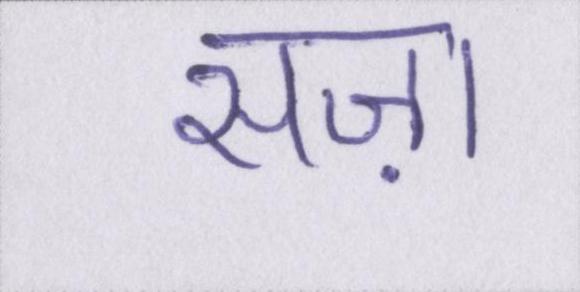
सज़ा